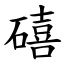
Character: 礂